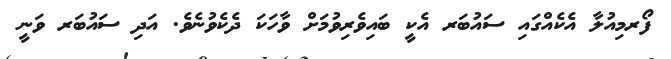
ފޯރމިއުލާ އެކެއްގައި ސައުބަރ އެކީ ބައިވެރިވުމަށް ވާހަކަ ދެކެވުނެވެ. އަދި ސައުބަރ ވަނީ